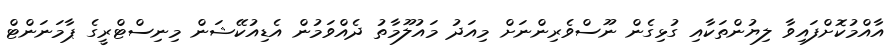
އާއްމުކޮށްފައިވާ ލިޔުންތަކާއި ގުޅިގެން ނޫސްވެރިންނަށް މިއަދު މައުލޫމާތު ދެއްވަމުން އެޑިއުކޭޝަން މިނިސްޓްރީގެ ޕާމަނަންޓް